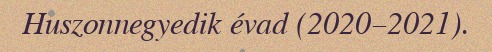
Huszonnegyedik évad (2020–2021).